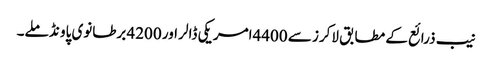
نیب ذرائع کے مطابق لاکرز سے 4400امریکی ڈالر اور 4200 برطانوی پاو نڈ ملے۔